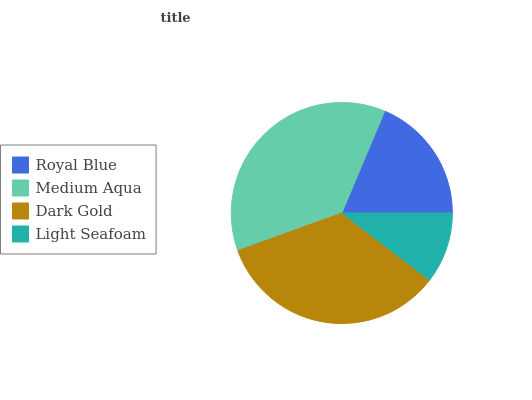
| Royal Blue | Medium Aqua | Dark Gold | Light Seafoam |
 | --- | --- | --- | --- |
 | 18.6% | 36.9% | 34.1% | 10.4% |